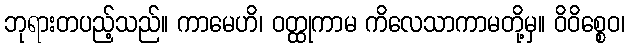
ဘုရားတပည့်သည်။ ကာမေဟိ၊ ဝတ္ထုကာမ ကိလေသာကာမတို့မှ။ ဝိဝိစ္စေဝ၊